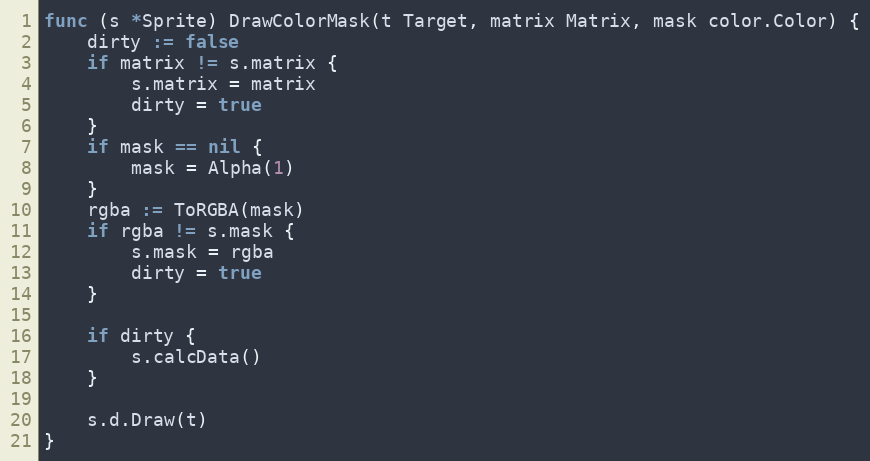
Language: Go
func (s *Sprite) DrawColorMask(t Target, matrix Matrix, mask color.Color) {
	dirty := false
	if matrix != s.matrix {
		s.matrix = matrix
		dirty = true
	}
	if mask == nil {
		mask = Alpha(1)
	}
	rgba := ToRGBA(mask)
	if rgba != s.mask {
		s.mask = rgba
		dirty = true
	}

	if dirty {
		s.calcData()
	}

	s.d.Draw(t)
}